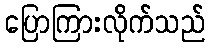
ပြောကြားလိုက်သည်